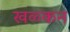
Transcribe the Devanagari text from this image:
खळ्कन